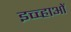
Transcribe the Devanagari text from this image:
इच्च्हाओं